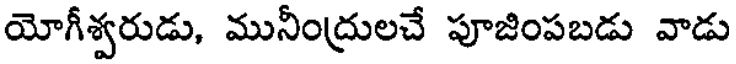
యోగీశ్వరుడు, మునీంద్రులచే పూజింపబడు వాడు